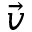
\vec { v }